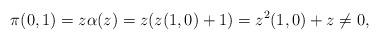
LaTeX: \begin{align*}\pi(0,1) = z\alpha(z) = z(z(1,0) + 1) = z^2(1,0) + z \neq 0,\end{align*}